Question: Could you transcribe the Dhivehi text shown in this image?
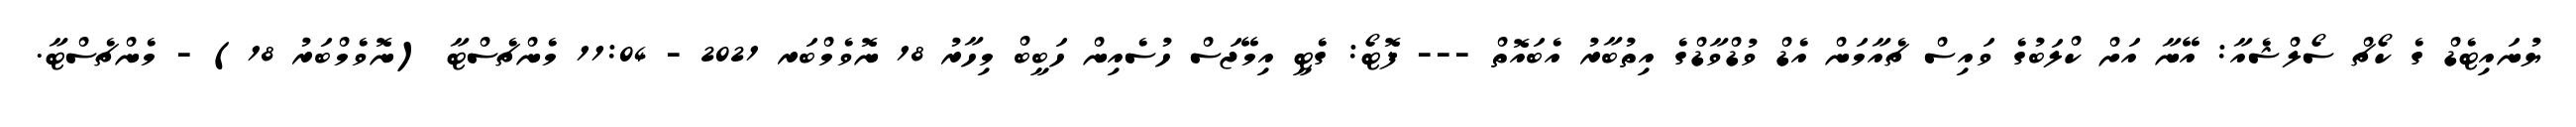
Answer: ޔުނައިޓެޑް ގެ ކޯޗް ސޯލްޝެއާ: އޭނާ އަށް ކްލަބުގެ ވައިސް ޗެއާމަން އެޑް ވުޑްވާޑްގެ އިތުބާރު އެބައޮތް --- ފޮޓޯ: ގެޓީ އިމޭޖަސް ހުސެއިން ހަބީބް މިހާރު 18 ނޮވެމްބަރ 2021 - 11:04 މެންޗެސްޓާ (ނޮވެމްބަރު 18) - މެންޗެސްޓާ.